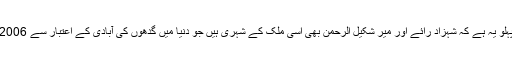
بہرحال اس بیان کا ایک اہم پہلو یہ ہے کہ شہزاد رائے اور میر شکیل الرحمن بھی اسی ملک کے شہری ہیں جو دنیا میں گدھوں کی آبادی کے اعتبار سے 2006 ء میں دوسرے نمبر پر تھا۔